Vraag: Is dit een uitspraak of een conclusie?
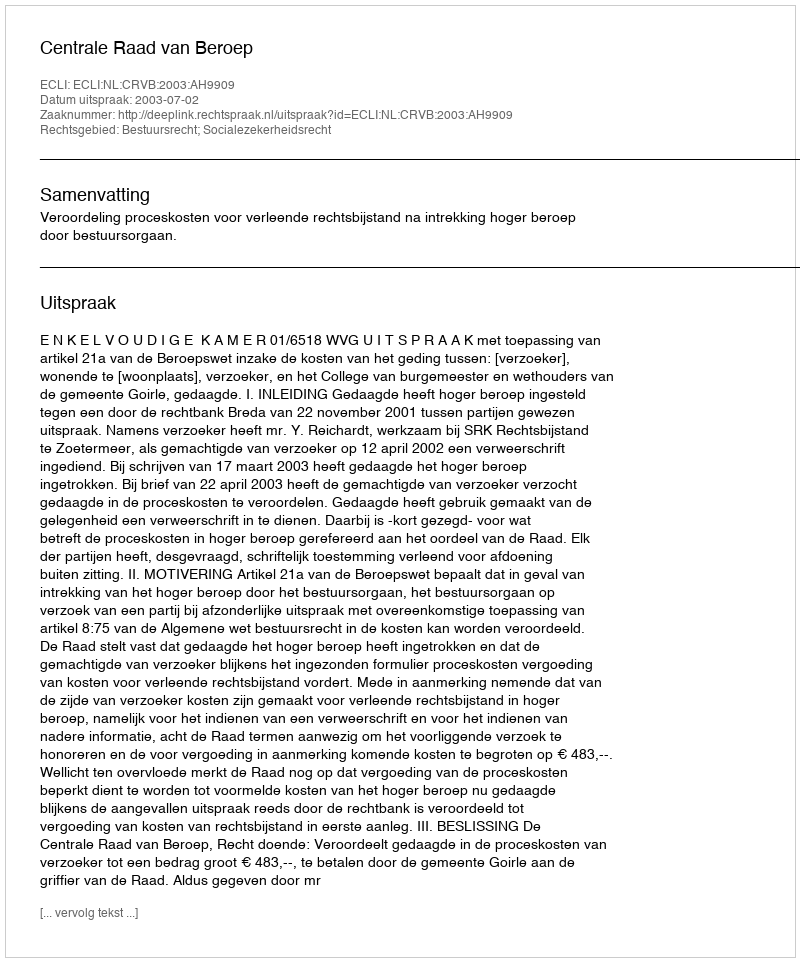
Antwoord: Uitspraak